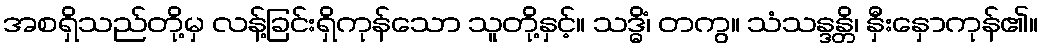
အစရှိသည်တို့မှ လန့်ခြင်းရှိကုန်သော သူတို့နှင့်။ သဒ္ဓိံ၊ တကွ။ သံသန္ဒန္တိ၊ နှီးနှောကုန်၏။